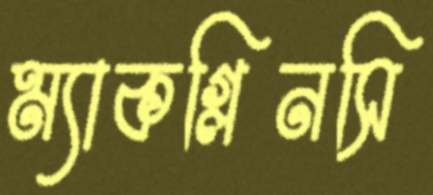
ম্যাকগ্লিনসি